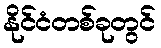
နိုင်ငံတစ်ခုတွင်